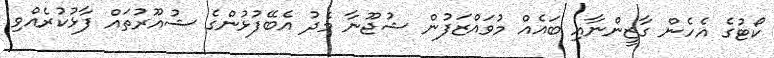
ކޯޓުގެ އެހެން ގާޒީންނާއި ބައެއް މުވައްޒަފުން ޝުޖޫނާ މެދު އެބޭފުޅުންގެ ޝުއޫރުތައް ފާޅުކުރެއްވި